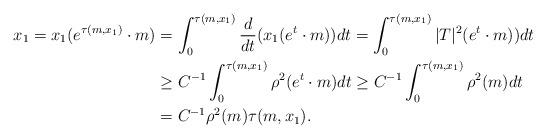
LaTeX: \begin{align*}x_1 = x_1(e^{\tau(m,x_1)}\cdot m) &= \int_0^{\tau(m,x_1)}\frac{d}{dt}(x_1(e^t\cdot m))dt = \int_0^{\tau(m,x_1)}|T|^2(e^t\cdot m))dt \\ &\geq C^{-1}\int_0^{\tau(m,x_1)}\rho^2(e^t\cdot m)dt \geq C^{-1}\int_0^{\tau(m,x_1)}\rho^2(m)dt \\ &= C^{-1}\rho^2(m)\tau(m,x_1).\end{align*}